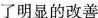
了明显的改善